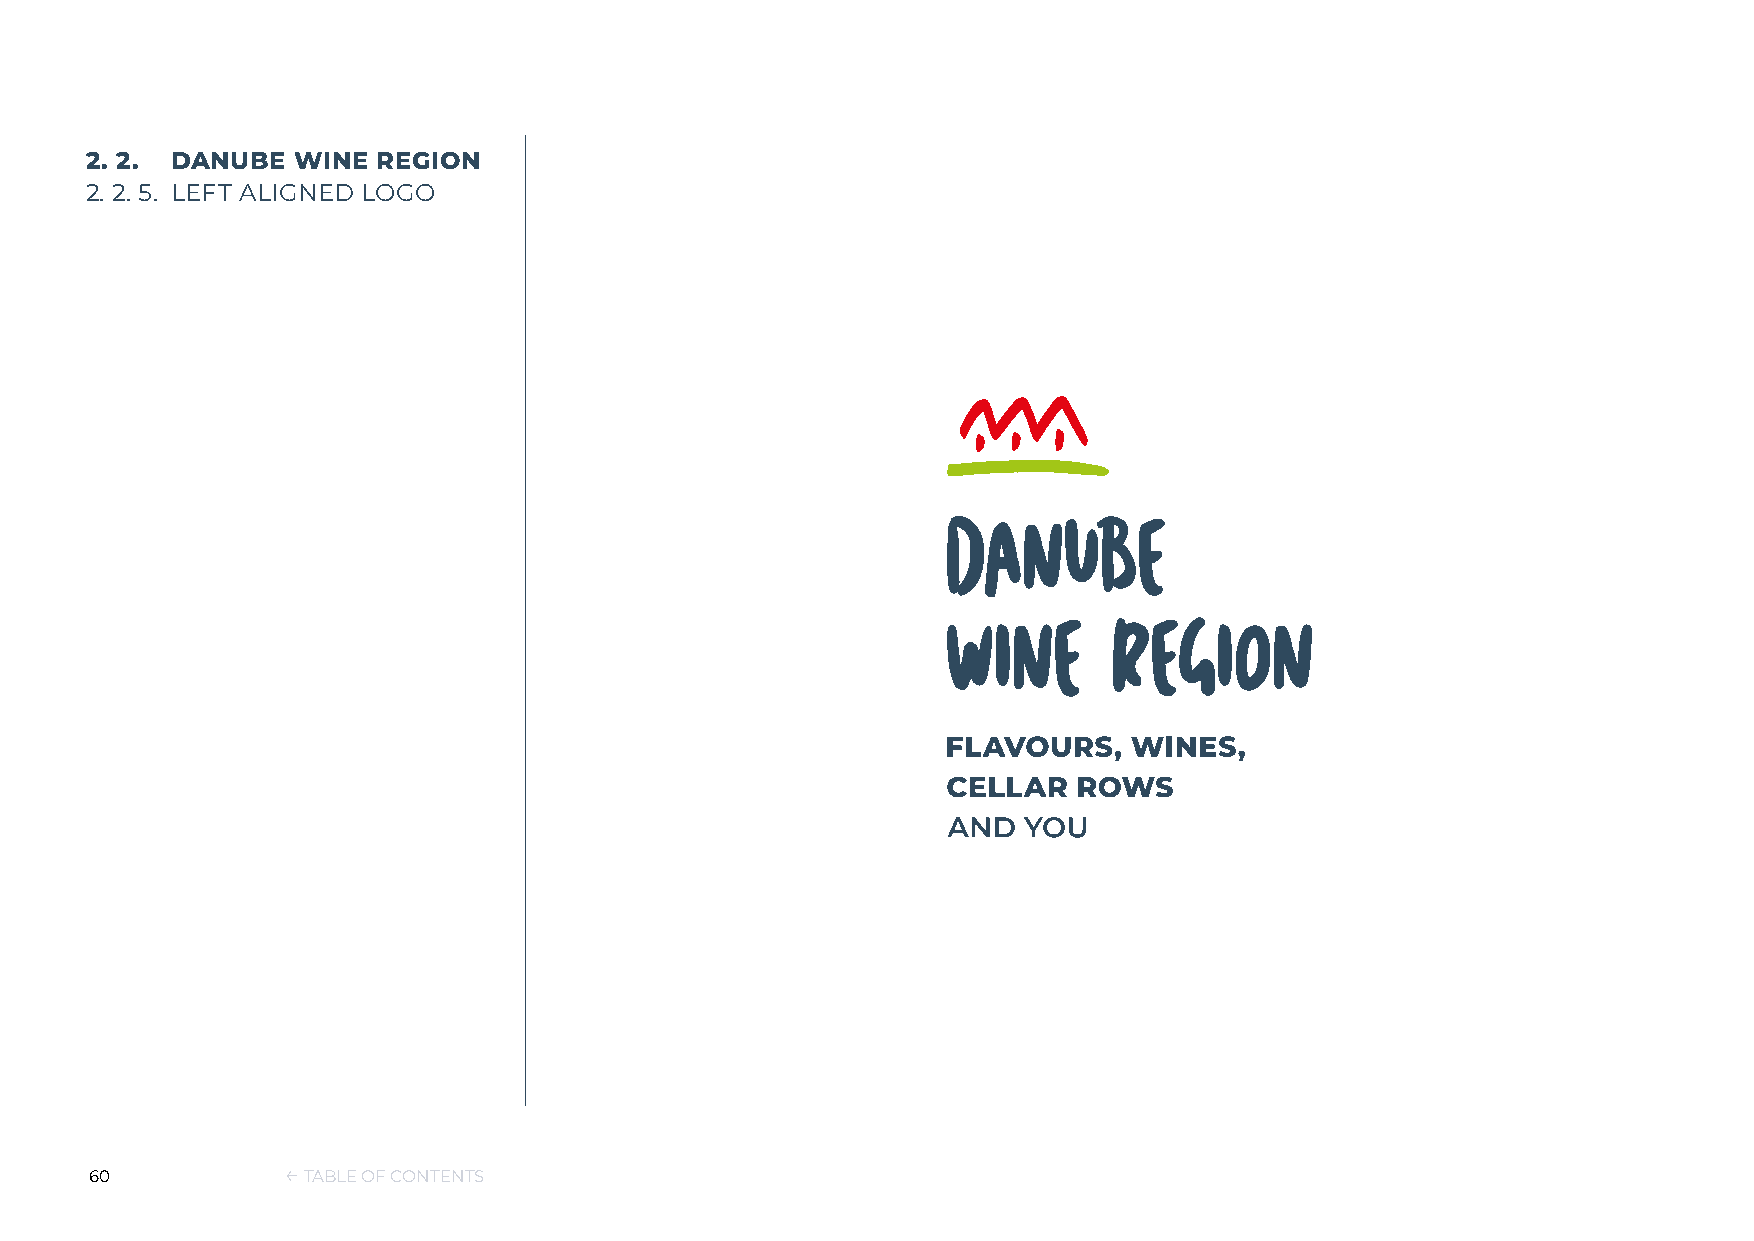
2. 2. DANUBE  WINE REGION
 2. 2. 5. LEFT ALIGNED LOGO
 60           ← TABLE OF CONTENTS